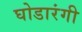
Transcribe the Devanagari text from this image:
घोडारंगी